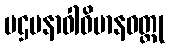
ပဌမနာဝါဝိမာနဝတ္ထု